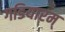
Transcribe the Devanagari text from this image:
गडियारम्